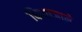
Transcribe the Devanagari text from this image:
कियाजाने